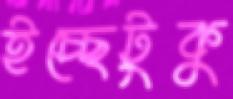
ইচ্ছেটুকু